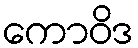
ကောဝိဒ